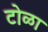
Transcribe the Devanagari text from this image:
टोळा